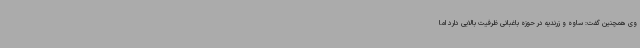
وی همچنین گفت: ساوه و زرندیه در حوزه باغبانی ظرفیت بالایی دارد اما